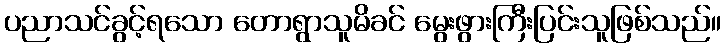
ပညာသင်ခွင့်ရသော တောရွာသူမိခင် မွေးဖွားကြီးပြင်းသူဖြစ်သည်။